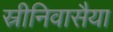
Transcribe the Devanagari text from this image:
स्रीनिवासैया